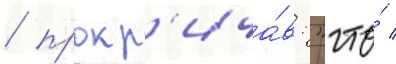
/ прокр'ича́в: "что́ /